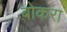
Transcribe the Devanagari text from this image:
बोकरा